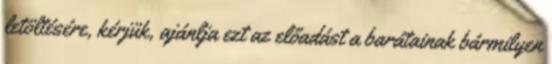
letöltésére, kérjük, ajánlja ezt az előadást a barátainak bármilyen